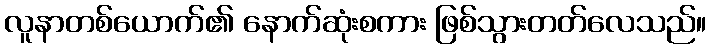
လူနာတစ်ယောက်၏ နောက်ဆုံးစကား ဖြစ်သွားတတ်လေသည်။